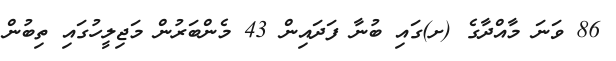
86 ވަނަ މާއްދާގެ (ށ)ގައި ބުނާ ފަދައިން 43 މެންބަރުން މަޖިލީހުގައި ތިބުން